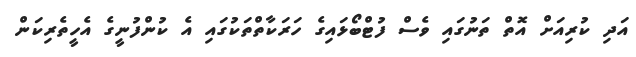
އަދި ކުރިއަށް އޮތް ތަނުގައި ވެސް ފުޓްބޯޅައިގެ ހަރަކާތްތަކުގައި އެ ކުންފުނީގެ އެހީތެރިކަން